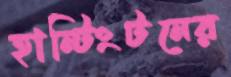
হান্টিংটনের